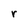
Character: r